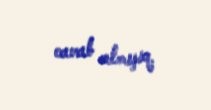
cavab almışıq.